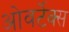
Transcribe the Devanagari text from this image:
ओवर्टेक्स